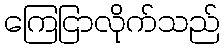
ကြေငြာလိုက်သည်